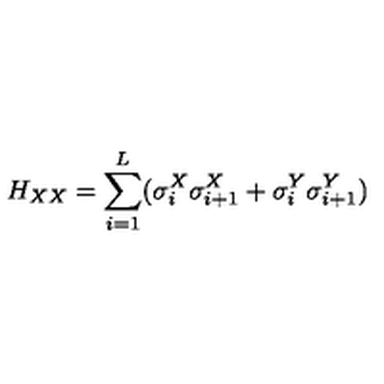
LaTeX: H _ { X X } = \sum _ { i = 1 } ^ { L } ( \sigma _ { i } ^ { X } \sigma _ { i + 1 } ^ { X } + \sigma _ { i } ^ { Y } \sigma _ { i + 1 } ^ { Y } )